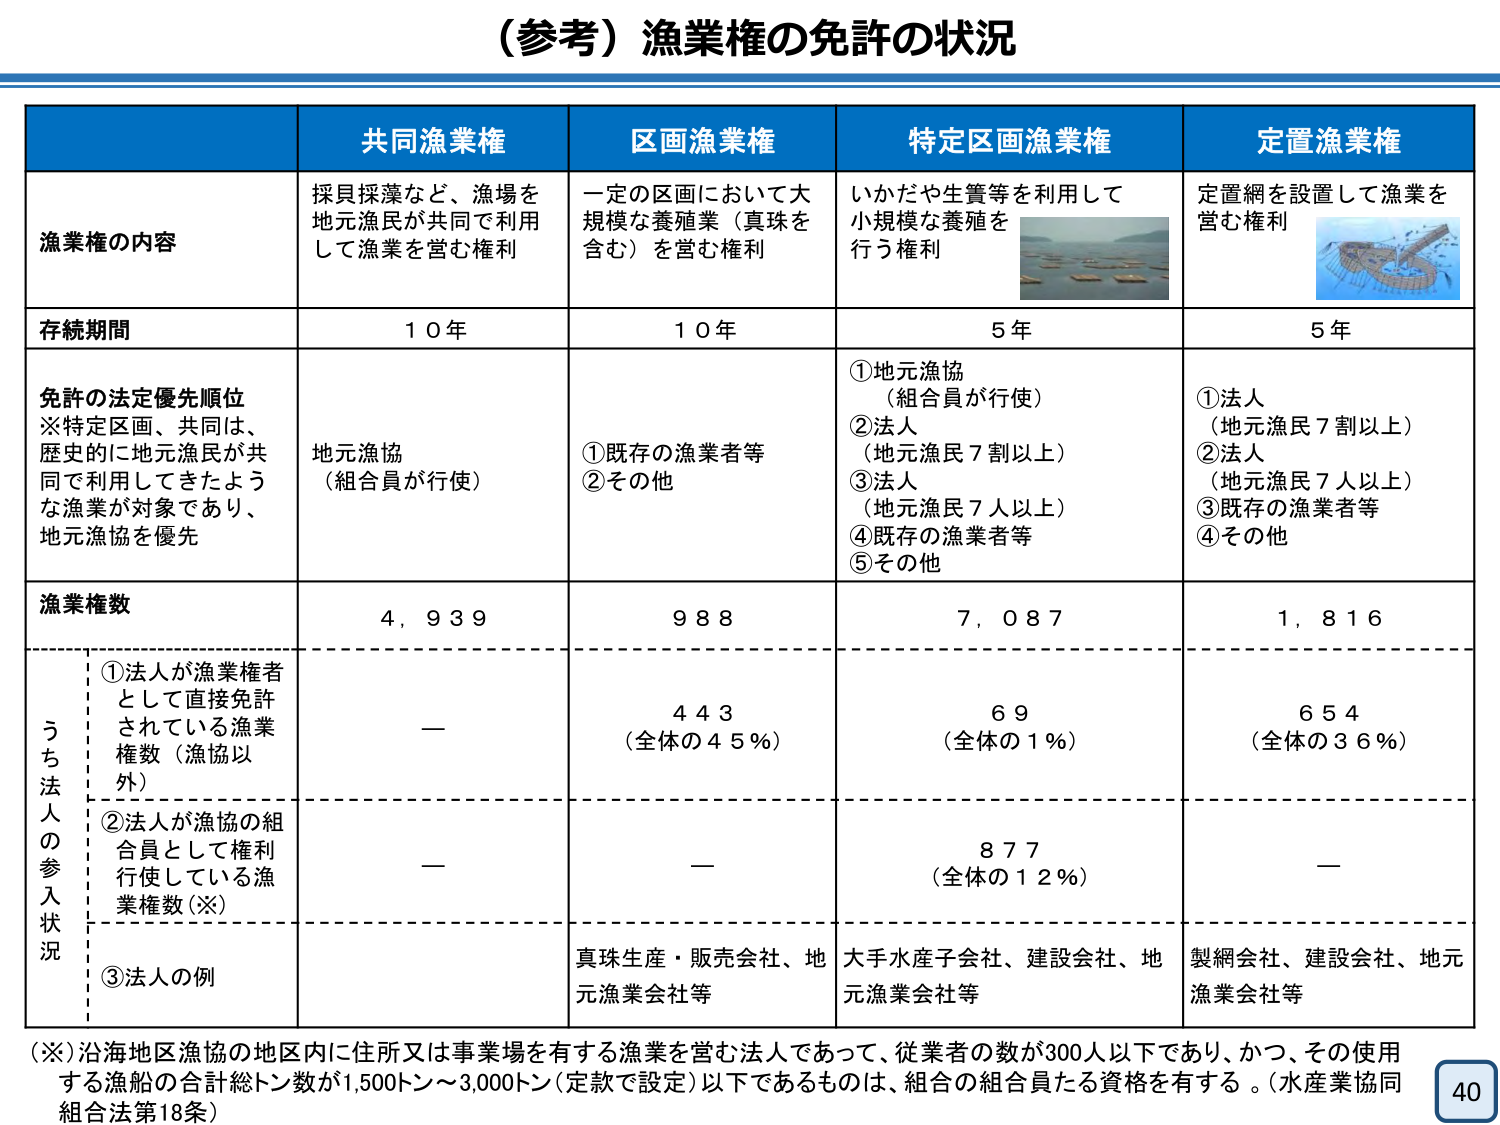
（参考）漁業権の免許の状況

共同漁業権　区画漁業権　特定区画漁業権　定置漁業権

漁業権の内容
採貝採藻など、漁場を地元漁民が共同で利用して漁業を営む権利
一定の区画において大規模な養殖業（真珠を含む）を営む権利
いかだや生簀等を利用して小規模な養殖を行う権利
定置網を設置して漁業を営む権利

存続期間
10年　10年　5年　5年

免許の法定優先順位
※特定区画、共同は、歴史的に地元漁民が共同で利用してきたような漁業が対象であり、地元漁協を優先
地元漁協（組合員が行使）
①既存の漁業者等　②その他
①地元漁協（組合員が行使）　②法人（地元漁民7割以上）　③法人（地元漁民7人以上）　④既存の漁業者等　⑤その他
①法人（地元漁民7割以上）　②法人（地元漁民7人以上）　③既存の漁業者等　④その他

漁業権数
4,939　988　7,087　1,816

うち法人の参入状況
①法人が漁業権者として直接免許されている漁業権数（漁協以外）
—　443（全体の45％）　69（全体の1％）　654（全体の36％）
②法人が漁協の組合員として権利行使している漁業権数（※）
—　—　877（全体の12％）　—
③法人の例
真珠生産・販売会社、地元漁業会社等　大手水産子会社、建設会社、地元漁業会社等　製網会社、建設会社、地元漁業会社等

（※）沿海地区漁協の地区内に住所又は事業場を有する漁業を営む法人であって、従業者の数が300人以下であり、かつ、その使用する漁船の合計総トン数が1,500トン～3,000トン（定款で設定）以下であるものは、組合の組合員たる資格を有する。（水産業協同組合法第18条）

40